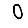
Digit: 0